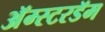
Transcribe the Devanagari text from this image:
अॅम्स्टरडॅम